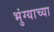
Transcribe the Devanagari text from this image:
भुंग्याच्या